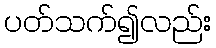
ပတ်သက်၍လည်း